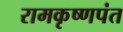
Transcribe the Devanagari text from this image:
रामकृष्णपंत